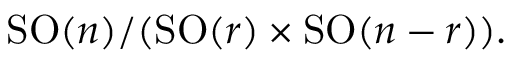
\operatorname { S O } ( n ) / ( \operatorname { S O } ( r ) \times \operatorname { S O } ( n - r ) ) .